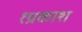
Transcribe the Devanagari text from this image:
१प्रकाश